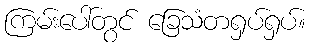
ကြမ်းပေါ်တွင် ခြေသံတရှပ်ရှပ်။